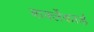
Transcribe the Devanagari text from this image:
बार्क्लेकार्ड